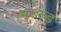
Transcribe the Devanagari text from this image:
भुख्ख्ड़